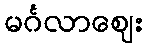
မင်္ဂလာဈေး